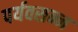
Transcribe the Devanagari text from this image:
पर्यवसन्न